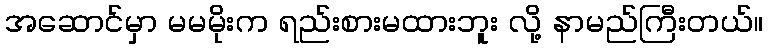
အဆောင်မှာ မမမိုးက ရည်းစားမထားဘူး လို့ နာမည်ကြီးတယ်။